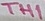
Text: TH1